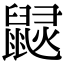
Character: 𪕠